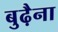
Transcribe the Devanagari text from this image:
बुढ़ैना